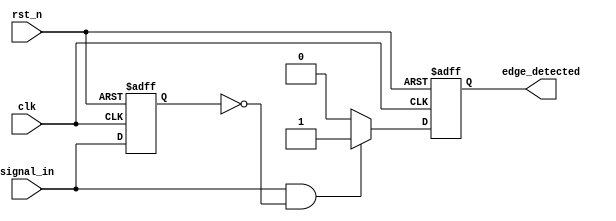
module rising_edge_detector (
    input wire clk,              // Clock input
    input wire rst_n,            // Active low reset
    input wire signal_in,        // Input signal to detect rising edge
    output reg edge_detected      // Output pulse for rising edge detection
);

    reg signal_in_prev;          // Register to hold the previous state of signal_in

    // Synchronous process to detect rising edge
    always @(posedge clk or negedge rst_n) begin
        if (!rst_n) begin
            signal_in_prev <= 1'b0;  // Reset previous signal to low
            edge_detected <= 1'b0;    // Reset output pulse
        end else begin
            // Rising edge detection logic
            if (signal_in && !signal_in_prev) begin
                edge_detected <= 1'b1;  // Set output pulse on rising edge
            end else begin
                edge_detected <= 1'b0;   // Reset output pulse otherwise
            end
            signal_in_prev <= signal_in; // Update previous state
        end
    end

endmodule